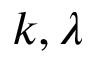
k , \lambda